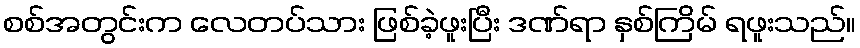
စစ်အတွင်းက လေတပ်သား ဖြစ်ခဲ့ဖူးပြီး ဒဏ်ရာ နှစ်ကြိမ် ရဖူးသည်။